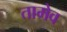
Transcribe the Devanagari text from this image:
तामेव